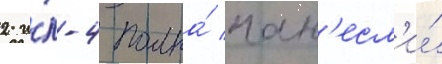
2 и́л-4 полка́ нан'есл'и́